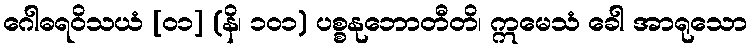
ဂေါဓရဝိသယံ [၀၁] (နိ၊ ၁၀၁) ပစ္စနုဘောတီတိ၊ ဣမေသံ ခေါ အာရုသော